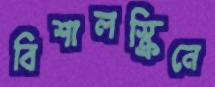
বিশালস্ক্রিনে